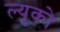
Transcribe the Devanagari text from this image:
ल्युको